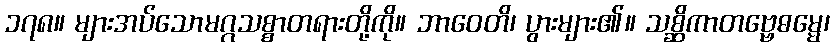
၁၇၈။ များအပ်သောမဂ္ဂသစ္စာတရားတို့ကို။ ဘာဝေတိ၊ ပွားများ၏။ သစ္ဆိကာတဗ္ဗေဓမ္မေ၊